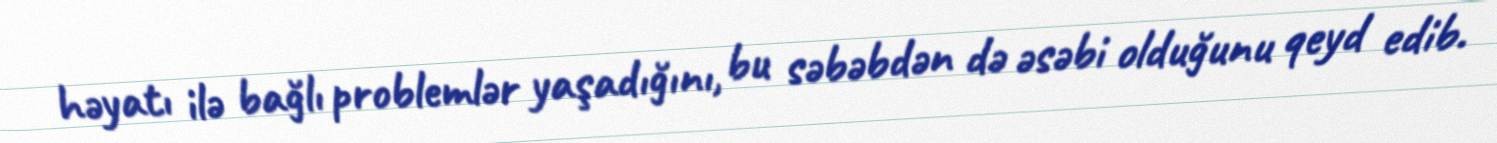
həyatı ilə bağlı problemlər yaşadığını, bu səbəbdən də əsəbi olduğunu qeyd edib.